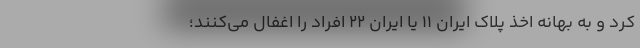
کرد و به بهانه اخذ پلاک ایران 11 یا ایران 22 افراد را اغفال می‌کنند؛